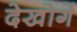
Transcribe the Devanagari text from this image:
देखोगें